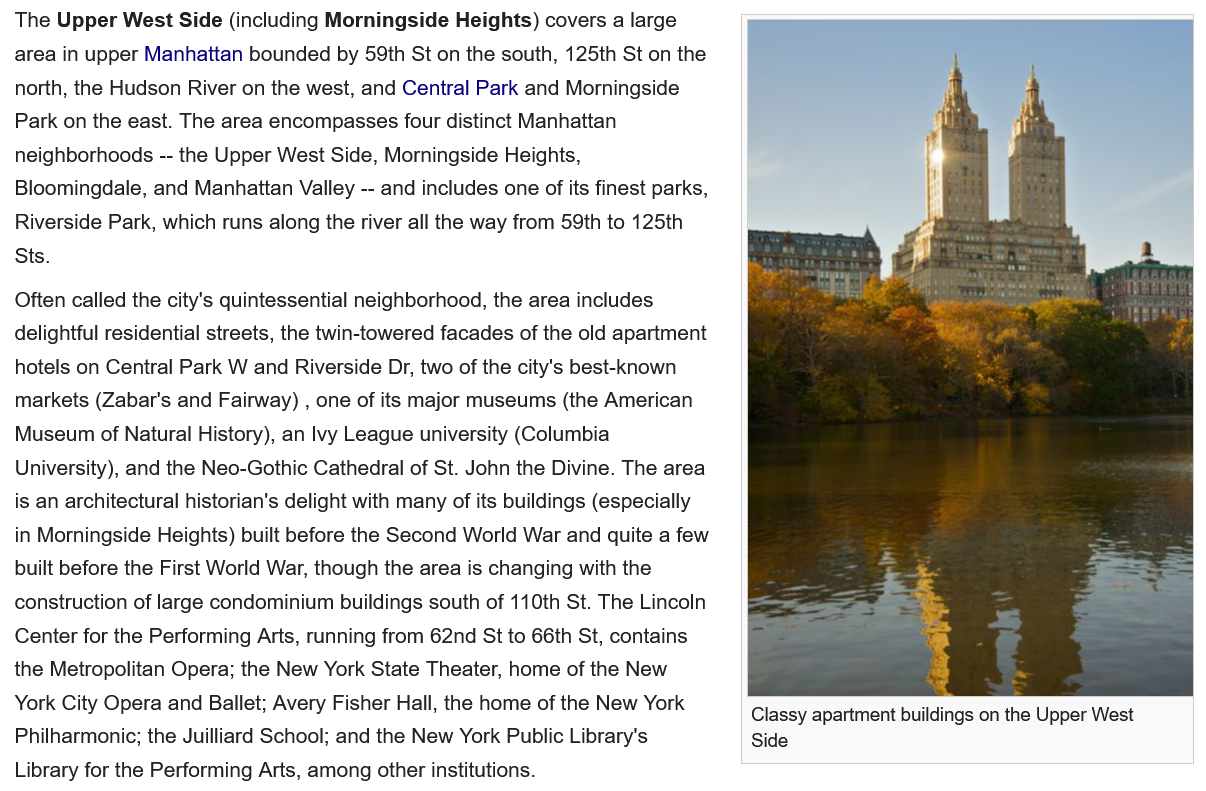
The Upper West Side (including Morningside   Heights) covers a large
  area in upper Manhattan bounded by 59th St on the south, 125th St on the
  north, the Hudson River on the west, and Central Park and Morningside
  Park on the east. The area encompasses four distinct Manhattan
  neighborhoods -- the Upper West Side, Morningside Heights,
  Bloomingdale, and Manhattan  Valley --
     and includes one of its finest parks,
  Riverside Park, which runs along the river all the way from 59th to 125th
  Sts.
  Often called the city's quintessential neighborhood, the area includes
  delightful residential streets, the twin-towered facades of the old apartment
  hotels on Central Park W and Riverside Dr, two of the city's best-known
  markets (Zabar's and Fairway) , one of its major museums (the American
  Museum   of Natural History), an lvy League university (Columbia
  University), and the Neo-Gothic Cathedral of St. John the Divine. The area
  is an architectural historian's delight with many of its buildings (especially
  in Morningside Heights) built before the Second World War and quite a few
  built before the First World War, though the area is changing with the
  construction of large condominium buildings south of 110th St. The Lincoln
  Center for the Performing Arts, running from 62nd St to 66th St, contains
  the Metropolitan Opera; the New York State Theater, home of the New
  York City Opera and Ballet; Avery Fisher Hall, the home of the New York
  Philharmonic; the Juilliard School; and the New York Public Library's
  Library for the Performing Arts, among other institutions.
     Classy apartment buildings on the Upper West
     Side